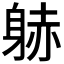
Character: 𲄠